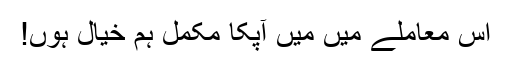
اس معاملے میں میں آپکا مکمل ہم خیال ہوں!